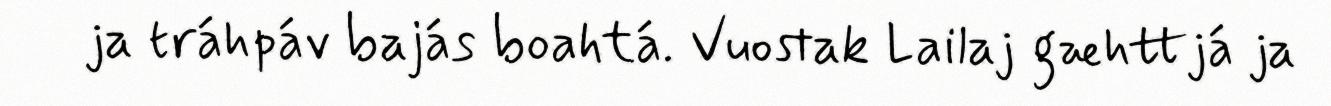
ja tráhpáv bajás boahtá. Vuostak Lailaj gæhttjá ja